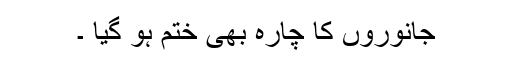
جانوروں کا چارہ بھی ختم ہو گیا ۔